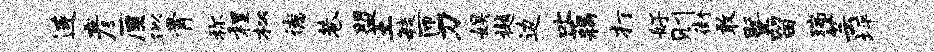
连彦厘似骨称程松德巷盟土敏匝刀娱樾边叱藕打好则街敢暨留瑞芸坪